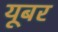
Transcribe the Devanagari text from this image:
यूबर